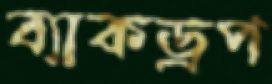
ব্যাকড্রপ